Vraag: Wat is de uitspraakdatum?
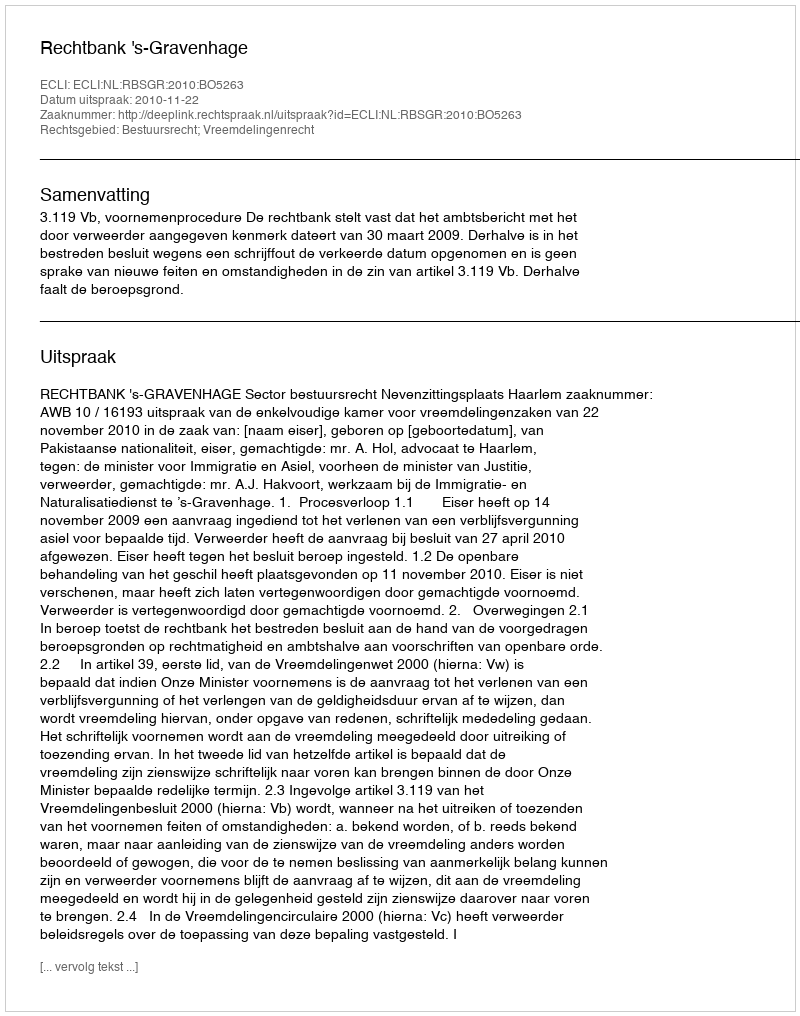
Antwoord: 2010-11-22